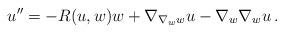
LaTeX: \begin{align*} u''=-R(u,w)w+\nabla_{\nabla_w w} u - \nabla_w \nabla_w u \,.\end{align*}